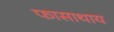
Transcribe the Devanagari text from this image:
फासाथाय